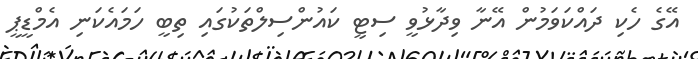
އޭގެ ހެކި ދައްކަވަމުން އޭނާ ވިދާޅުވީ ސިޓީ ކައުންސިލްތަކުގައި ތިބީ ހަމައެކަނި އެމްޑީޕީ